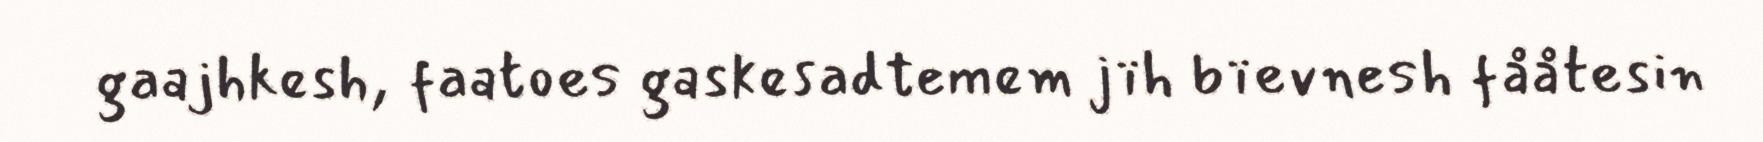
gaajhkesh, faatoes gaskesadtemem jïh bïevnesh fååtesin